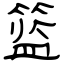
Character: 篮